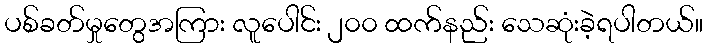
ပစ်ခတ်မှုတွေအကြား လူပေါင်း ၂၀၀ ထက်နည်း သေဆုံးခဲ့ရပါတယ်။